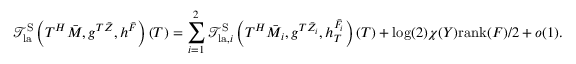
\mathcal { T } _ { \mathrm { l a } } ^ { \mathrm { S } } \left( T ^ { H } \bar { M } , g ^ { T { \bar { Z } } } , h ^ { \bar { F } } \right) ( T ) = \sum _ { i = 1 } ^ { 2 } \mathcal { T } _ { \mathrm { l a } , i } ^ { \mathrm { S } } \left( T ^ { H } \bar { M } _ { i } , g ^ { T { \bar { Z } } _ { i } } , h _ { T } ^ { \bar { F } _ { i } } \right) ( T ) + \log ( 2 ) \chi ( Y ) \mathrm { r a n k } ( F ) / 2 + o ( 1 ) .